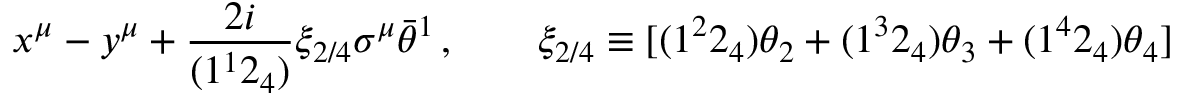
x ^ { \mu } - y ^ { \mu } + \frac { 2 i } { ( 1 ^ { 1 } 2 _ { 4 } ) } \xi _ { 2 / 4 } \sigma ^ { \mu } \bar { \theta } ^ { 1 } \, , \qquad \xi _ { 2 / 4 } \equiv [ ( 1 ^ { 2 } 2 _ { 4 } ) \theta _ { 2 } + ( 1 ^ { 3 } 2 _ { 4 } ) \theta _ { 3 } + ( 1 ^ { 4 } 2 _ { 4 } ) \theta _ { 4 } ]